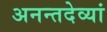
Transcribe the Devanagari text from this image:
अनन्तदेव्यां